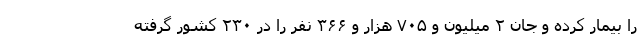
را بیمار کرده و جان ۲ میلیون و ۷۰۵ هزار و ۳۶۶ نفر را در ۲۳۰ کشور گرفته